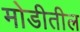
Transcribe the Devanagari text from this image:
मोडीतील